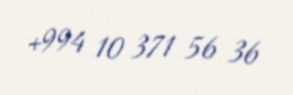
+994 10 371 56 36